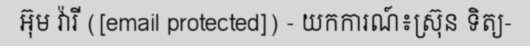
អ៊ុម វ៉ារី ([email protected]) - យកការណ៍៖ស្រ៊ុន ទិត្យ-